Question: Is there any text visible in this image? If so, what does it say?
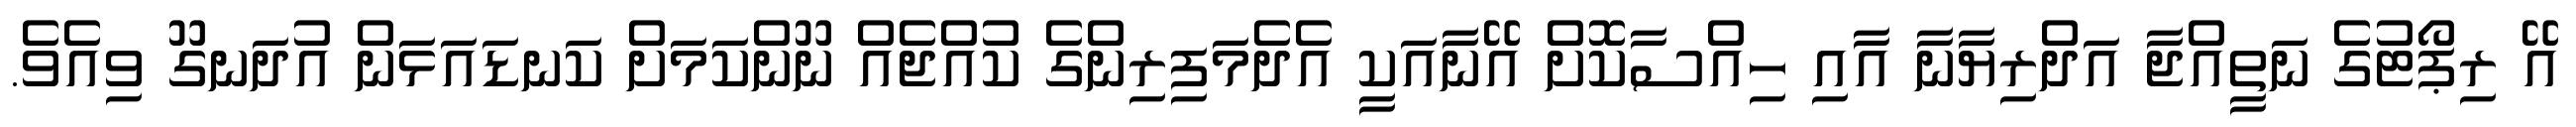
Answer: އޭ ރިޕޯޓުގެ ނަތީއްޖާ އަދްރިޔާނާ އާއި ހިއްސާކޮށް އޭނާއަކީ އެދެމަފިރިންގެ ކުއްޖެއް ނޫންކަމަށް ކަނޑައަޅަން އުދަނގޫ ވިއެވެ.